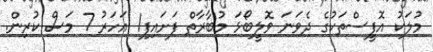
މުލަކު އޮފީސްތަކުގެ ދެވަނަ ވޮލީބޯޅަ މުބާރާތް ފަށައިފި1 އަހަރު 7 މަސް ކުރިން.